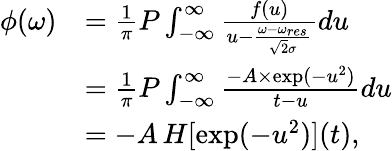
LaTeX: \begin{array}{rl}{\phi(\omega)}&{=\frac{1}{\pi}P\int_{-\infty}^{\infty}\frac{f(u)}{u-\frac{\omega-\omega_{res}}{\sqrt{2}\sigma}}du}\\ &{=\frac{1}{\pi}P\int_{-\infty}^{\infty}\frac{-A\times\exp(-u^{2})}{t-u}du}\\ &{=-A\, H[\exp(-u^{2})](t),}\end{array}